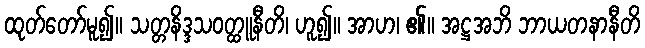
ထုတ်တော်မူ၍။ သတ္တနိဒ္ဒသဝတ္ထူနီတိ၊ ဟူ၍။ အာဟ၊ ၏။ အဋ္ဌအဘိ ဘာယတနာနီတိ